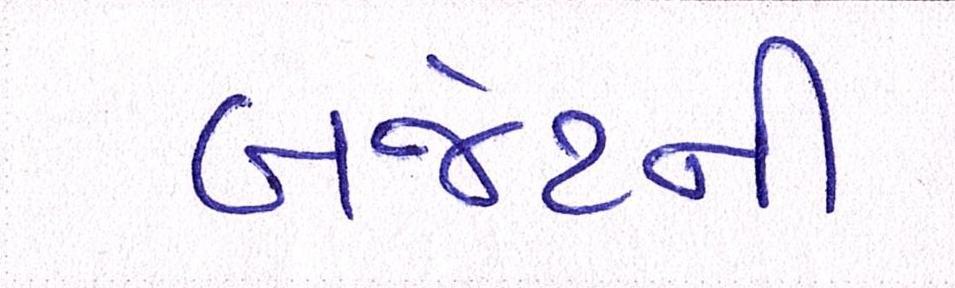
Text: બજેટની